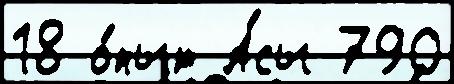
18 о́пыт А́сы 790